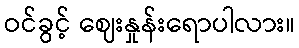
ဝင်ခွင့် ဈေးနှုန်းရောပါလား။